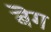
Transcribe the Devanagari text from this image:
बॆग